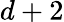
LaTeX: d+2